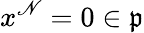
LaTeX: x^{\mathscr{N}}=0\in{\mathfrak{{p}}}